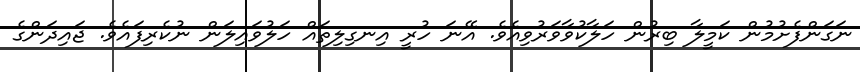
ނަގަންފެށުމުން ކަމީލާ ބިރުން ހަލާކުވާވަރުވިއެވެ. އޭނަ ހުރީ އިނގިލިތައް ހަލުވައިލަން ނުކެރިފައެވެ. ޖައިދަންގެ